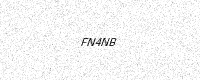
Text: FN4NB